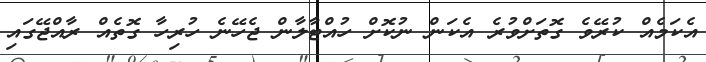
އެކަމެއް ކުރޭވެ ގޮތަށްވުރެ އެކަން ނުކޮށް ހުއްޓާލާން ޖެހޭނެ ހުރިހާ ގޮތެއް ރާއްޖޭގައި